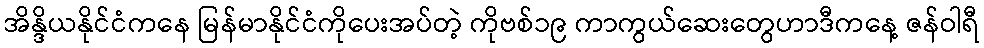
အိန္ဒိယနိုင်ငံကနေ မြန်မာနိုင်ငံကိုပေးအပ်တဲ့ ကိုဗစ်၁၉ ကာကွယ်ဆေးတွေဟာဒီကနေ့ ဇန်ဝါရီ